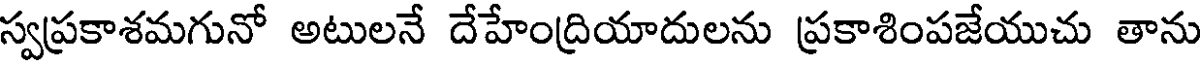
స్వప్రకాశమగునో అటులనే దేహేంద్రియాదులను ప్రకాశింపజేయుచు తాను